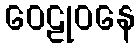
ဝေဠုဝနေ